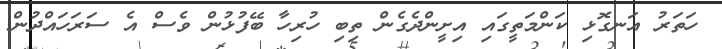
ހަތަރު އަނގޮޅި ކަންމަތީގައި އިށީންދެގެން ތިބި ހުރިހާ ބޭފުޅުން ވެސް އެ ސަރަހައްދުން